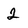
Character: 2